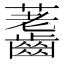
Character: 𪙐